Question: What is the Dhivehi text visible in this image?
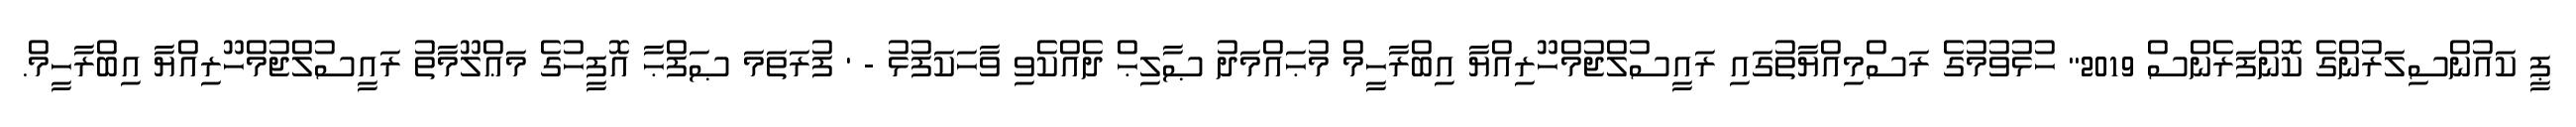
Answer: ޕީ ކައުންސިލަރުންގެ ކޮންފަރެންސް 2019" ހުޅުވުމުގެ ރަސްމިއްޔާތުގައި ރައީސުލްޖުމްހޫރިއްޔާ އިބްރާހީމް މުޙައްމަދު ޞާލިޙް ދެއްކެވި ވާހަކަފުޅު - ' ފުރަތަމަ ޞަފްޙާ އޮފީހުގެ މަޢްލޫމާތު ރައީސުލްޖުމްހޫރިއްޔާ އިބްރާހީމް.